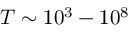
T \sim 1 0 ^ { 3 } - 1 0 ^ { 8 }